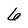
Character: 6